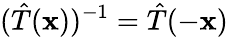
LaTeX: ({\hat{T}}(\mathbf{x}))^{-1}={\hat{T}}(-\mathbf{x})